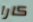
كارا